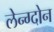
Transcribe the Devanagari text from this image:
लेन्ग्दोन